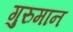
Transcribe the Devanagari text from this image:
गुरुमान